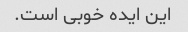
این ایده خوبی است.